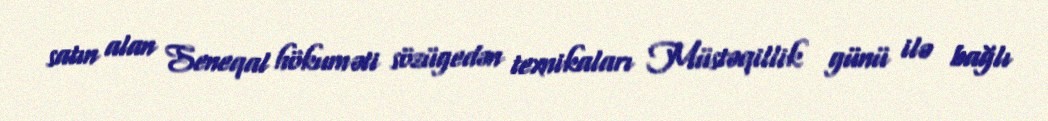
satın alan Seneqal hökuməti sözügedən texnikaları Müstəqillik günü ilə bağlı